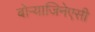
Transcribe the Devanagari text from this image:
बोऱ्याजिनेएसी